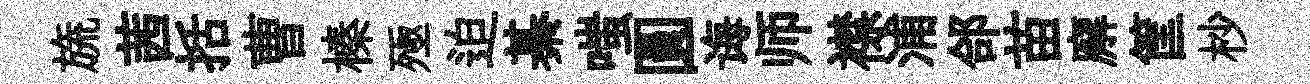
旒茜括曹榛殛迫綦嗤圓诲师襟浦郃苗廨筐杪